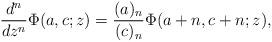
LaTeX: \begin{align*} \frac{d^n}{dz^n} \Phi(a,c;z)=\frac{(a)_n}{(c)_n} \Phi(a+n, c+n;z),\end{align*}